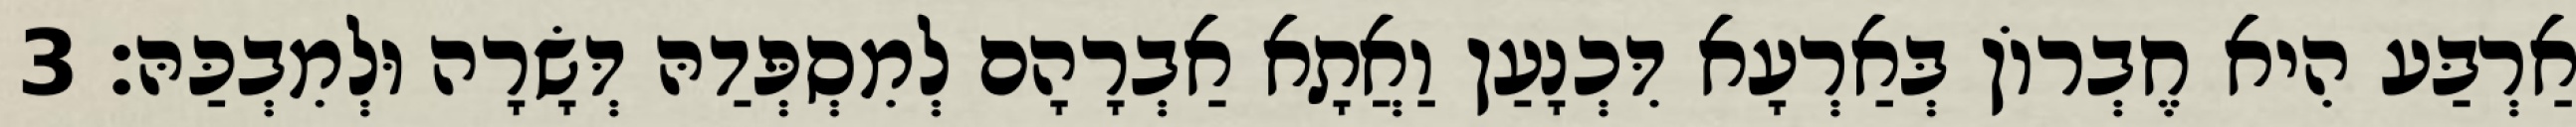
אַרְבַּע הִיא חֶבְרוֹן בְּאַרְעָא דִּכְנָעַן וַאֲתָא אַבְרָהָם לְמִסְפְּדַהּ דְּשָׂרָה וּלְמִבְכַּהּ׃ 3